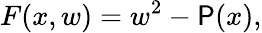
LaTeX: F(x,w)=w^{2}-\mathsf{P}(x),